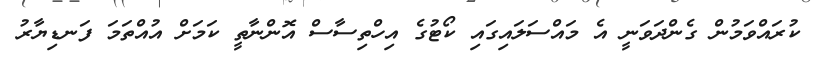
ކުރައްވަމުން ގެންދަވަނީ އެ މައްސަލައިގައި ކޯޓުގެ އިހްތިސާސް އޮންނާތީ ކަމަށް އުއްތަމަ ފަނޑިޔާރު